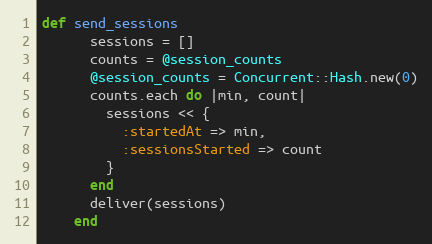
Language: Ruby
def send_sessions
      sessions = []
      counts = @session_counts
      @session_counts = Concurrent::Hash.new(0)
      counts.each do |min, count|
        sessions << {
          :startedAt => min,
          :sessionsStarted => count
        }
      end
      deliver(sessions)
    end